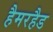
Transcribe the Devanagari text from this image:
हैमरहैड